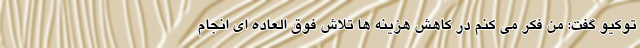
توکیو گفت: من فکر می کنم در کاهش هزینه ها تلاش فوق العاده ای انجام